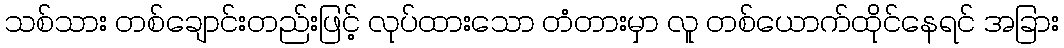
သစ်သား တစ်ချောင်းတည်းဖြင့် လုပ်ထားသော တံတားမှာ လူ တစ်ယောက်ထိုင်နေရင် အခြား